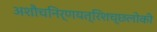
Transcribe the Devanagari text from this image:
अशौचनिर्णयत्रिशच्छलोकी